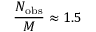
\frac { N _ { \mathrm { { o b s } } } } { M } \approx 1 . 5